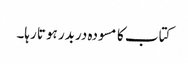
کتاب کا مسودہ دربدر ہوتا رہا۔